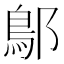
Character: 鄥